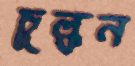
চুল্‌কন